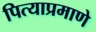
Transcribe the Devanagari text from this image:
पित्याप्रमाणे